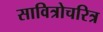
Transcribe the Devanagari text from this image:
सावित्रोचरित्र